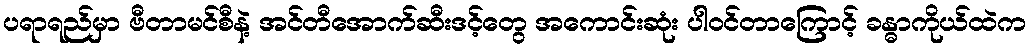
ပရာရည်မှာ ဗီတာမင်စီနဲ့ အင်တီအောက်ဆီးဒင့်တွေ အကောင်းဆုံး ပါဝင်တာကြောင့် ခန္ဓာကိုယ်ထဲက